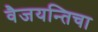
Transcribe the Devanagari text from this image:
वैजयन्तिचा